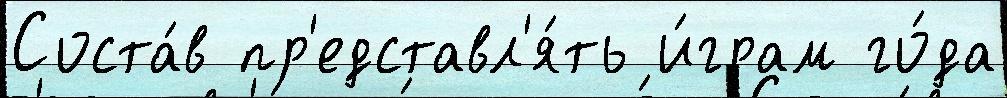
Соста́в пр'едставл'я́ть и́грам го́да